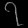
Digit: ၇